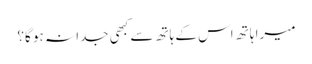
میرا ہاتھ اس کے ہاتھ سے کبھی جدا نہ ہو گا؟